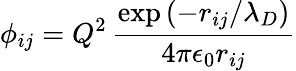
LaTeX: \phi_{ij}=Q^{2}\, \frac{\exp\left(-r_{ij}/\lambda_{D}\right)}{4\pi\epsilon_{0}r_{ij}}